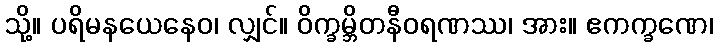
သို့။ ပရိမနယေနေဝ၊ လျှင်။ ဝိက္ခမ္ဘိတနီဝရဏဿ၊ အား။ ဧကက္ခဏေ၊